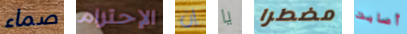
صماء الإحترام إن يا مضطرا أصابت